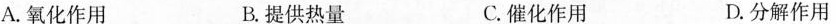
A.氧化作用 B.提供热量 C.催化作用 D.分解作用